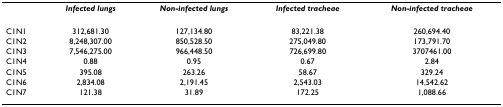
<table><thead><tr><td></td><td><b><i>Infected lungs</i></b></td><td><b><i>Non-infected lungs</i></b></td><td><b><i>Infected tracheae</i></b></td><td><b><i>Non-infected tracheae</i></b></td></tr></thead><tbody><tr><td>C1N1</td><td>312,681.30</td><td>127,134.80</td><td>83,221.38</td><td>260,694.40</td></tr><tr><td>C1N2</td><td>8,248,307.00</td><td>850,528.50</td><td>275,049.80</td><td>173,791.70</td></tr><tr><td>C1N3</td><td>7,546,275.00</td><td>966,448.50</td><td>726,699.80</td><td>3707461.00</td></tr><tr><td>C1N4</td><td>0.88</td><td>0.95</td><td>0.67</td><td>2.84</td></tr><tr><td>C1N5</td><td>395.08</td><td>263.26</td><td>58.67</td><td>329.24</td></tr><tr><td>C1N6</td><td>2,834.08</td><td>2,191.45</td><td>2,543.03</td><td>14,542.62</td></tr><tr><td>C1N7</td><td>121.38</td><td>31.89</td><td>172.25</td><td>1,088.66</td></tr></tbody></table>